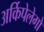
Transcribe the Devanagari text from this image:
अर्किपेलेगो